Rangoon Lunatic Asylum 1898-1906 - 1898-1906
Year: 1898
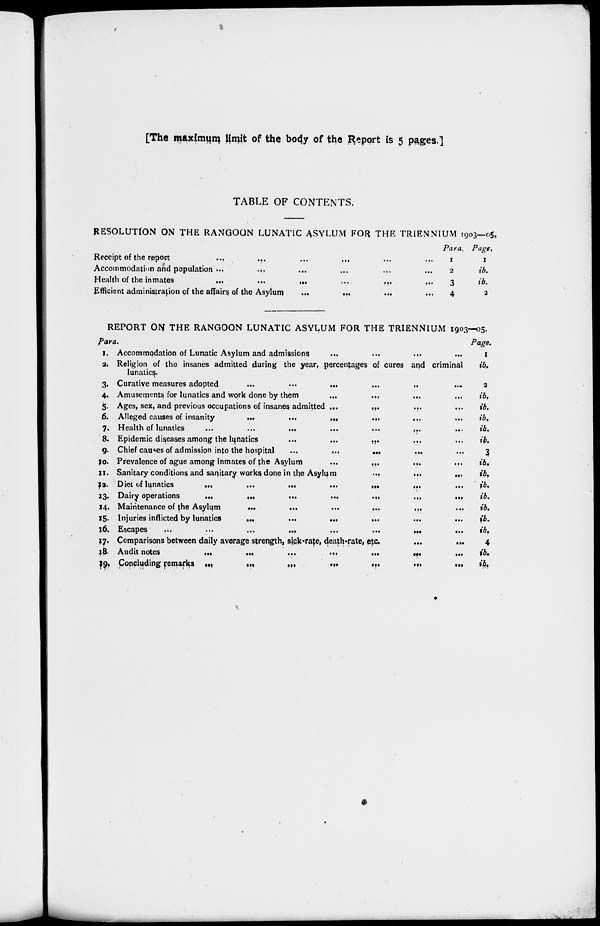
[The maximum limit of the body of the Report is 5 pages.]
TABLE OF CONTENTS.
RESOLUTION ON THE RANGOON LUNATIC ASYLUM FOR THE TRIENNIUM 1903—05.
Receipt of the report ... ... ... ... ... ...
Accommodation and population ... ... ... ... ... ...
Health of the inmates
...
...
...
...
...
...
Efficient administration of the affairs of the Asylum ... ... ... ... ...
Para.
1
2
3
4
Page.
1
ib.
ib.
2
REPORT ON THE RANGOON LUNATIC ASYLUM FOR THE TRIENNIUM 1903-05.
Para
1.
2.
3.
4.
5.
6.
7.
8.
9.
10.
11.
12.
13.
14.
15.
16.
17.
18.
19.
Accommodation of Lunatic Asylum and admissions ... ... ... ...
Religion of the insanes admitted during the year, percentages of cures and criminal
lunatics.
Curative measures adopted
...
...
...
...
...
...
Amusements for lunatics and work done by them
Ages, sex, and previous occupations of insanes admitted ... ... ... ... ... ...
Alleged causes of insanity
...
...
...
...
...
...
Health of lunatics
...
...
...
...
...
...
Epidemic diseases among the lunatics ... ... ... ... ... ...
Chief causes of admission into the hospital ... ... ... ... ... ...
Prevalence of ague among inmates of the Asylum
...
... ... ...
Sanitary conditions and sanitary works done in the Asylum
...
...
...
...
...
Diet of lunatics
...
...
...
...
...
...
Dairy operations
...
...
...
...
...
...
Maintenance of the Asylum
...
...
...
...
...
Injuries inflicted by lunatics
...
...
...
...
...
...
Escapes
...
...
...
... ...
Comparisons between daily average strength, sick-rate, death-rate, etc.
...
...
Audit notes
...
...
...
...
...
Concluding remarks
...
...
...
...
...
Page.
1
16.
2
ib.
ib.
ib.
ib.
ib.
3
ib.
ib.
ib.
ib.
ib.
ib.
ib.
4
ib.
ib.